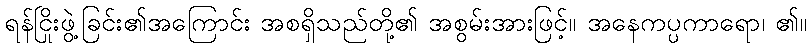
ရန်ငြိုးဖွဲ့ခြင်း၏အကြောင်း အစရှိသည်တို့၏ အစွမ်းအားဖြင့်။ အနေကပ္ပကာရော၊ ၏။